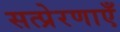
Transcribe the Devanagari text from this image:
सत्प्रेरणाएँ